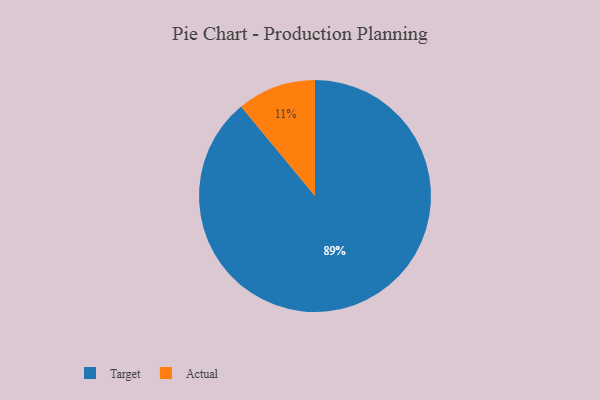
{"axis": {"x": "Category", "y": "Percentage"}, "legend": ["Actual", "Target"], "data": [{"x": "Target", "y": 89, "type": "Target"}, {"x": "Actual", "y": 11, "type": "Actual"}]}